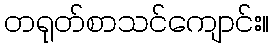
တရုတ်စာသင်ကျောင်း။